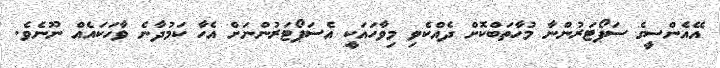
އޭއެންސީގެ ސަޕޯޓަރުންނާ މުހާތަބްކޮށް ދެއްކެވި މިވާހައަކީ އެސަޕޯޓަރުންނަށް އެހާ ކަމުދާނެ ވާހަކައެއް ނޫނެވެ.